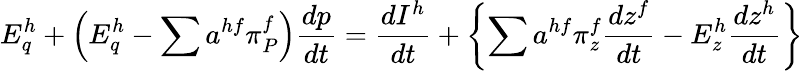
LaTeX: E_{q}^{h}+\left(E_{q}^{h}-\sum a^{hf}\pi_{P}^{f}\right){\frac{dp}{dt}}={\frac{dI^{h}}{dt}}+\left\{ \sum a^{hf}\pi_{z}^{f}{\frac{dz^{f}}{dt}}-E_{z}^{h}{\frac{dz^{h}}{dt}}\right\}